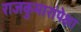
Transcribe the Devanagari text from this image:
राजकुमारांपेक्षा